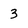
Character: 3